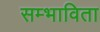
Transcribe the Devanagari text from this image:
सम्भाविता